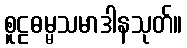
စူဠဓမ္မသမာဒါနသုတ်။